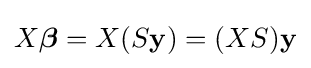
X{\boldsymbol {\beta }}=X(S\mathbf {y} )=(XS)\mathbf {y}